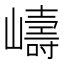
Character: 嶹